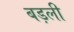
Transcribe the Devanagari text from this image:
बड़ली